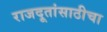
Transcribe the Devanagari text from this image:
राजदूतांसाठीचा